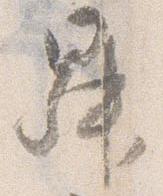
昇